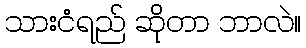
သားငံရည် ဆိုတာ ဘာလဲ။